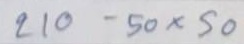
210 - 50 x 50